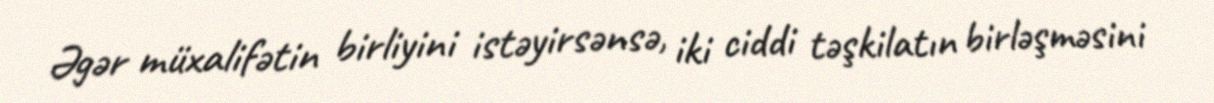
Əgər müxalifətin birliyini istəyirsənsə, iki ciddi təşkilatın birləşməsini